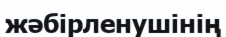
жәбірленушінің